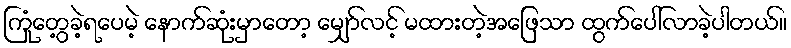
ကြုံတွေ့ခဲ့ရပေမဲ့ နောက်ဆုံးမှာတော့ မျှော်လင့် မထားတဲ့အဖြေသာ ထွက်ပေါ်လာခဲ့ပါတယ်။